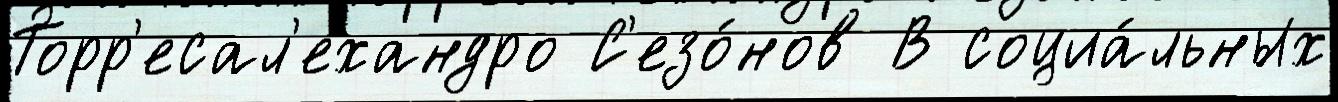
Торр'есал'ехандро С'езо́нов В социа́льных